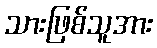
သားဖြစ်သူအား